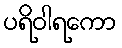
ပရိဝါရကော